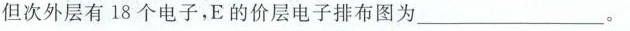
但次外层有18个电子，E的价层电子排布图为___。